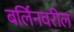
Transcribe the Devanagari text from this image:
बर्लिनवरील